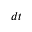
d t